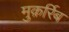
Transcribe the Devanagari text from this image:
मुक़र्रिब